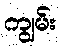
ကျွမ်း